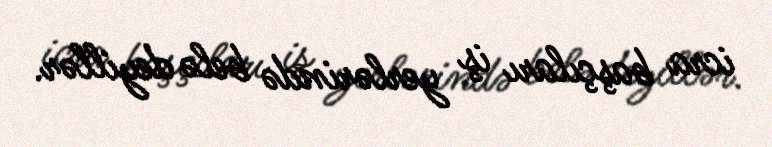
icra başçıları iş yerlərində belə deyillər.